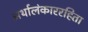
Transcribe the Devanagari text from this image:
अर्थालंकाररहिता